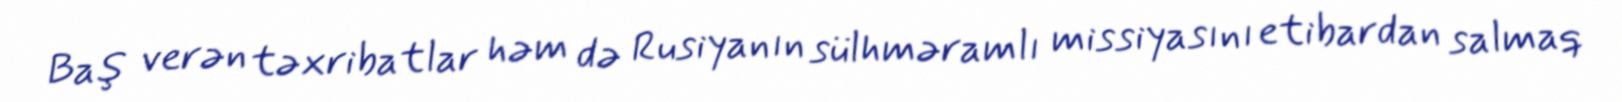
Baş verən təxribatlar həm də Rusiyanın sülhməramlı missiyasını etibardan salmaq